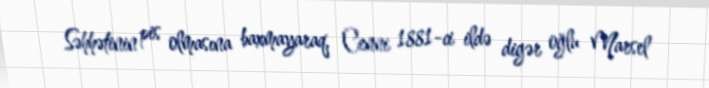
Səhhətinin pis olmasına baxmayaraq, Cenni 1881-ci ildə digər oğlu Marsel